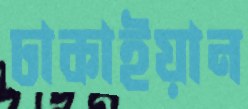
ঢাকাইয়ান